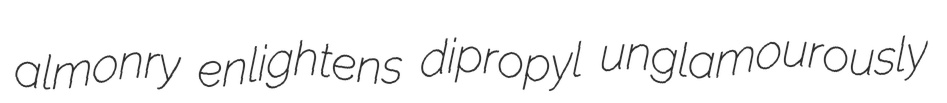
almonry enlightens dipropyl unglamourously